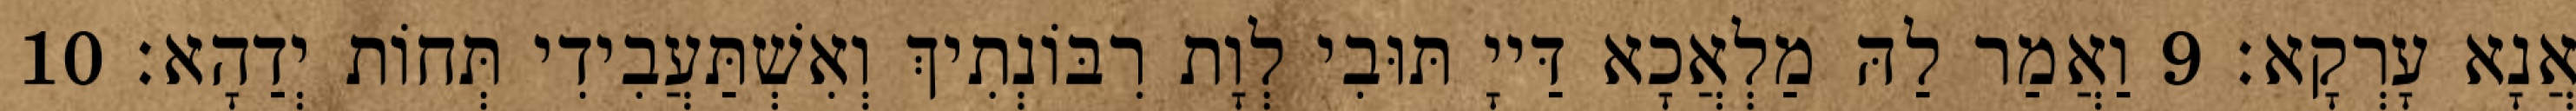
אֲנָא עָרְקָא׃ 9 וַאֲמַר לַהּ מַלְאֲכָא דַּייָ תּוּבִי לְוָת רִבּוֹנְתִיךְ וְאִשְׁתַּעֲבִידִי תְּחוֹת יְדַהָא׃ 10